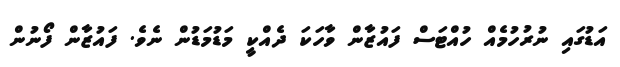
އަޑުގައި ނުރުހުމެއް ހުއްޓަސް ފައުޒާން ވާހަކަ ދެއްކީ މަޑުމަޑުން ނެވެ. ފައުޒާން ފޯނުން